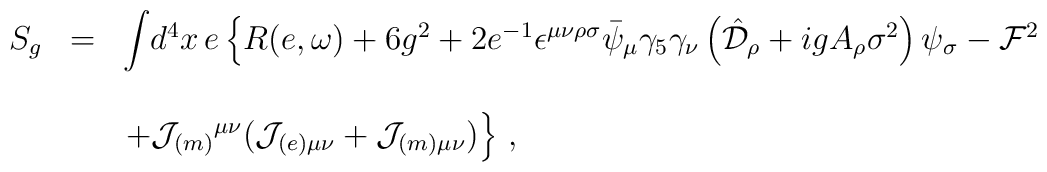
\begin{array}{rcl}S_{g} & = & {\displaystyle\int} d^{4}x\, e \left\{ R(e,\omega) +6g^{2}+2 e^{-1}\epsilon^{\mu\nu\rho\sigma}\bar{\psi}_{\mu}\gamma_{5}\gamma_{\nu}\left(\hat{\cal D}_{\rho}+ig A_{\rho}\sigma^{2}\right)\psi_{\sigma}-{\cal F}^{2} \right.\\& & \\& & \left. +{\cal J}_{(m)}{}^{\mu\nu}({\cal J}_{(e) \mu\nu} +{\cal J}_{(m) \mu\nu}) \right\}\, ,\end{array}